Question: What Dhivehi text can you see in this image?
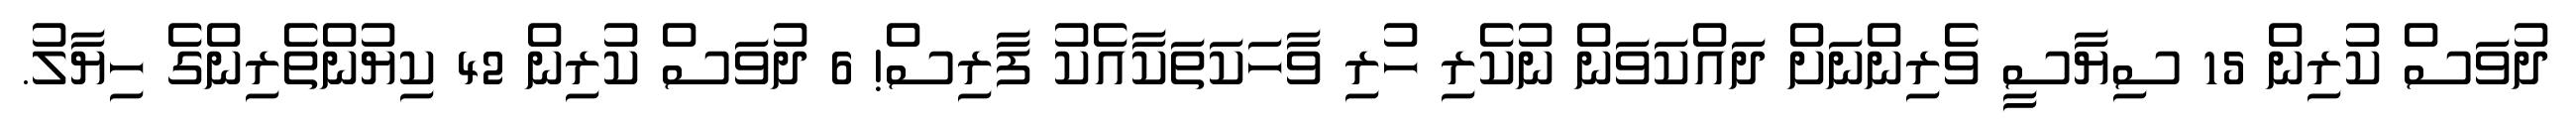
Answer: ދުވަސް ކުރިން 15 ސިޔާސީ ވެރިންނަށް ދައްކަވަން ނުކެރި ހުރި ވާހަކަތަކާއެކު ފާރިސް! 6 ދުވަސް ކުރިން 42 ކިޔުންތެރިންގެ ހިޔާލު.